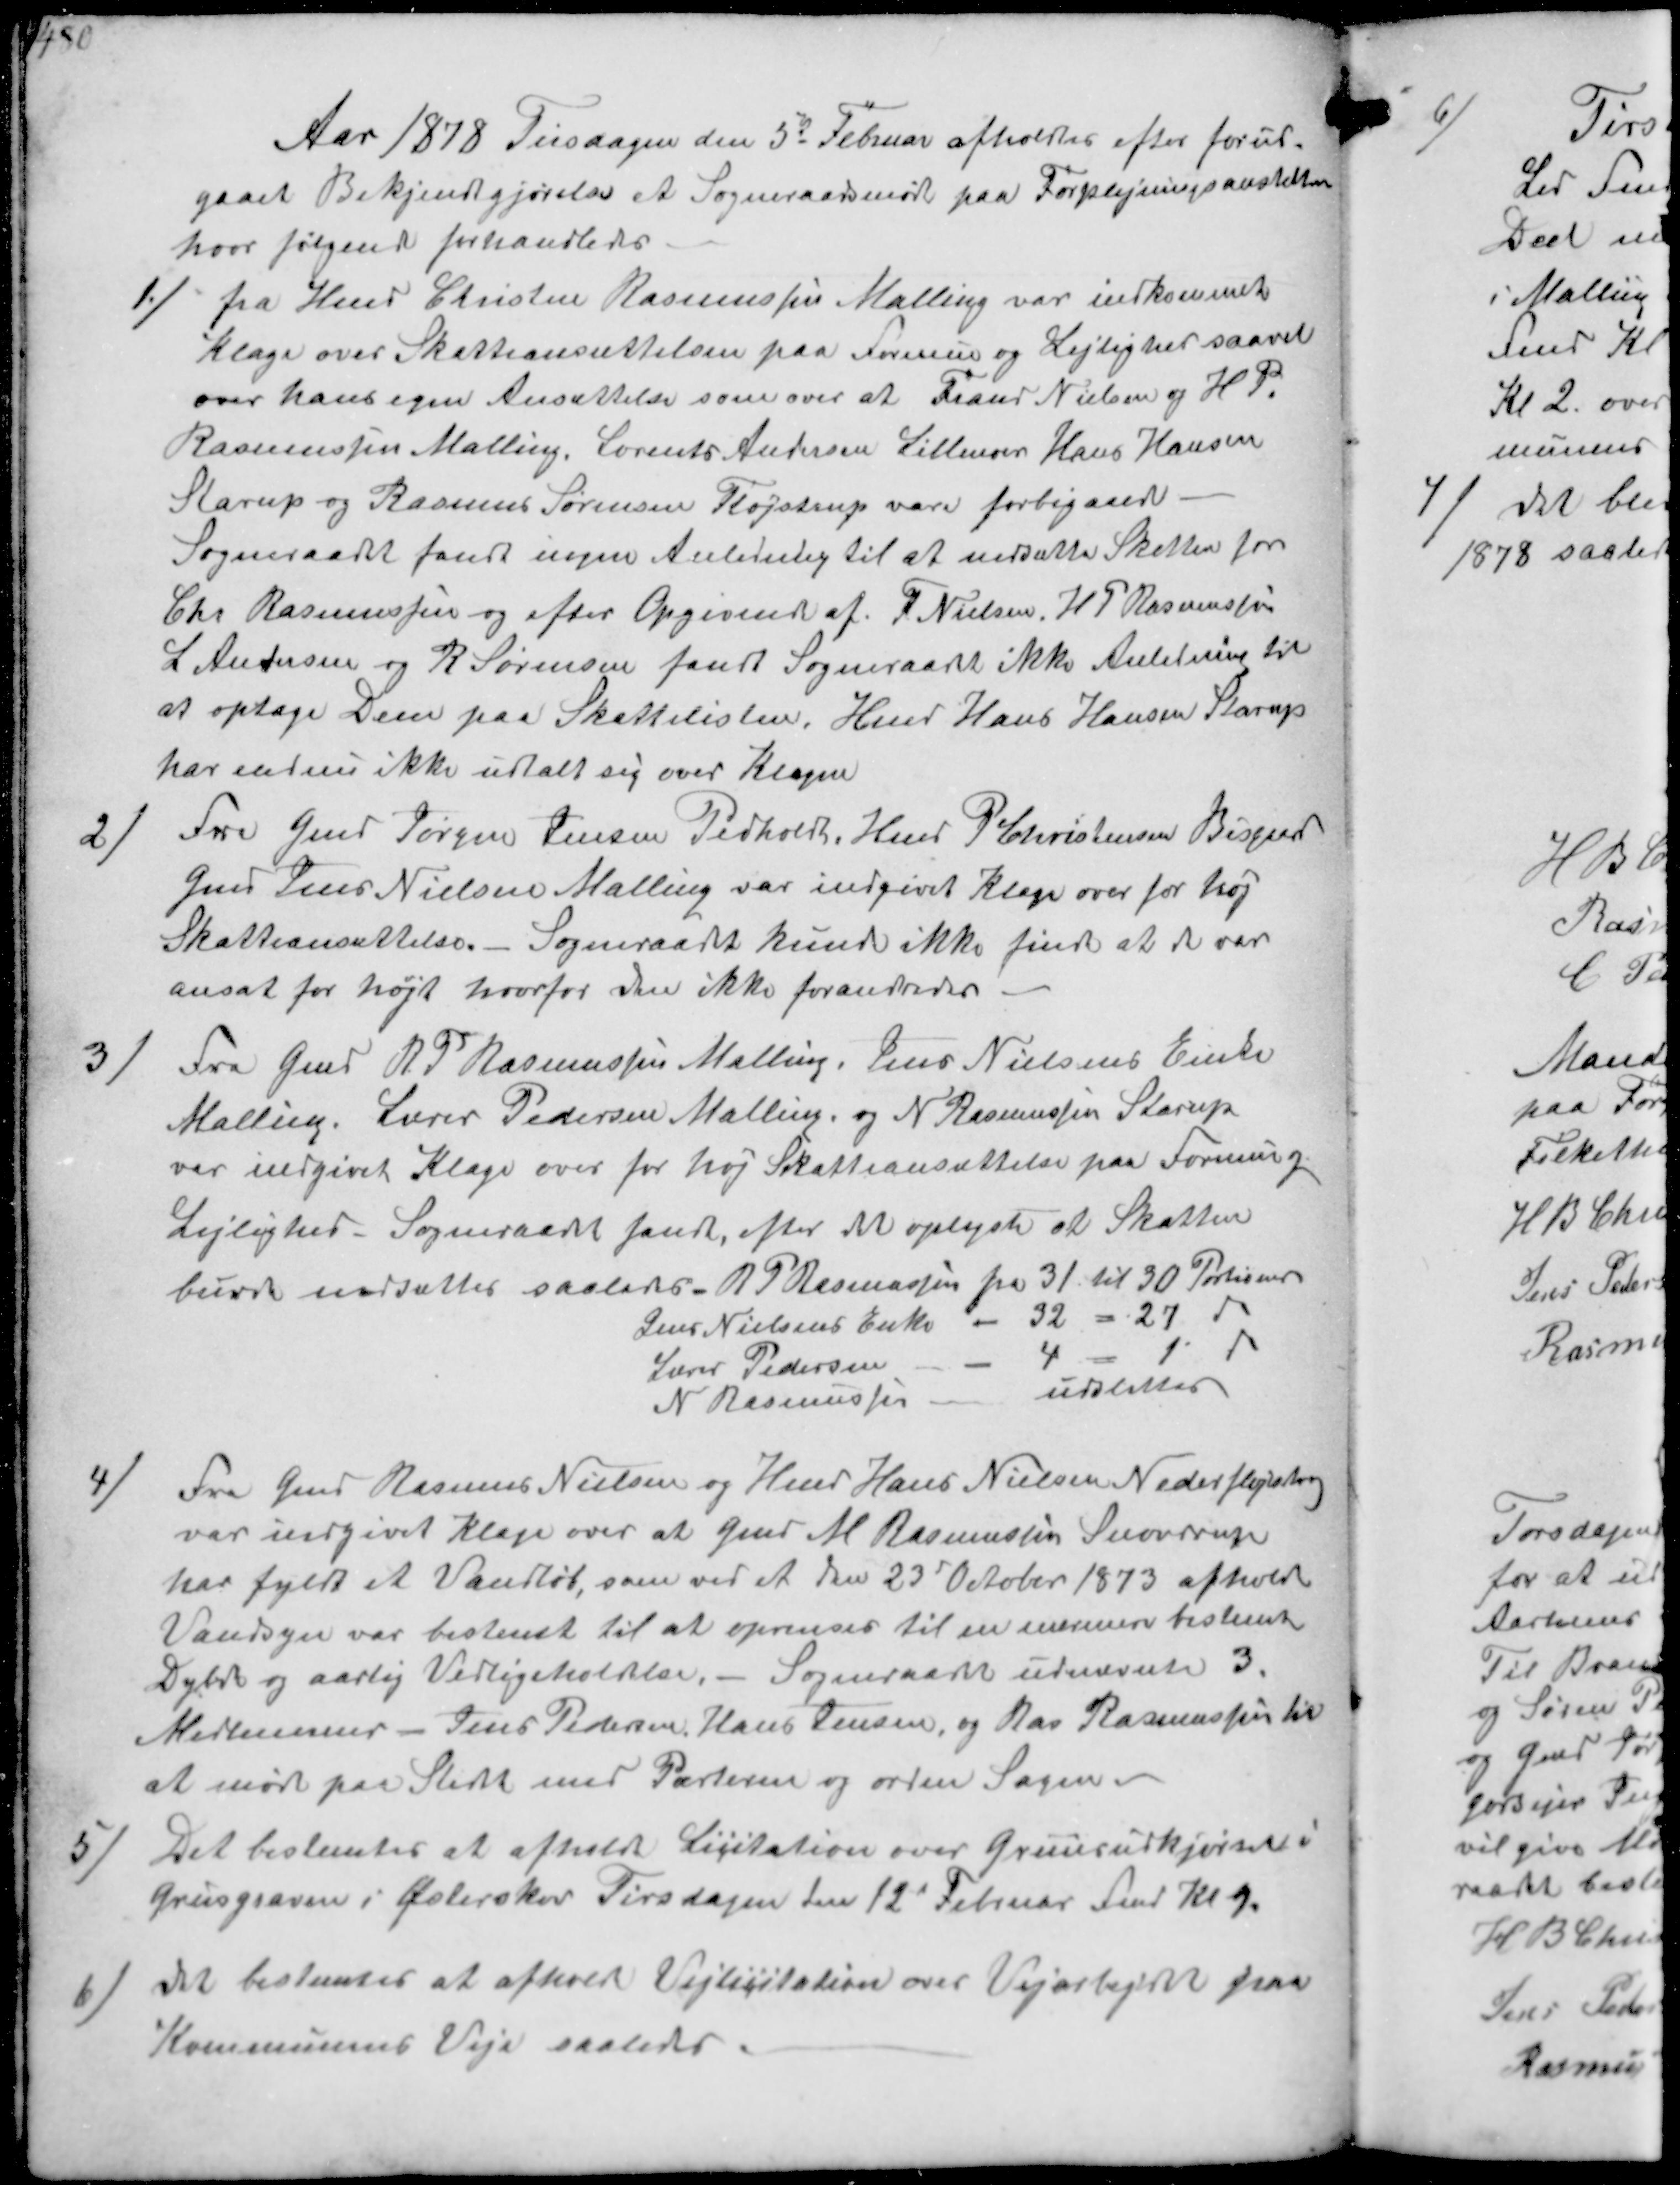
Transskription:
Aar 1878 Tirsdagen den 5d Februar afholdtes efter forud-
gaaet Bekjendtgjørelse et Sogneraadsmøde paa Forplejningsanstalten
hvor følgende forhandledes

1/ fra Hmd Christen Rasmussen Malling var indkommet
Klage over Skatteansættelsen paa Formue og Lejlighed saavel
over hans egen Ansættelse som over at Frand Nielsen og H. P
Rasmussen Malling, Lorents Andersen Lillenor Hans Hansen
Starup og Rasmus Sørensen Fløjstrup vare forbigaaede
Sogneraadet fandt ingen Anledning til at nedsætte Skatten for
Chr Rasmussen og efter Opgivende af P Nielsen, H P Rasmussen
L Andersen og R Sørensen fandt Sogneraadet ikke Anledning til
at optage Dem paa Skattelisten, Hmd Hans Hansen Starup
har endnu ikke udtalt sig over Klagen

2/
Fra Gmd Jørgen Jensen Pedholdt, Hmd P Christensen Bisgaard
Gmd Jens Nielsen Malling var indgivet klage over for høj
Skatteansættelse. Sogneraadet kunde ikke finde at der var
ansat for højt hvorfor den ikke forandredes

3/
Fra Gmd R P Rasmussen Malling. Jens Nielsens Enke
Malling. Lærer Pedersen Malling og N. Rasmussen Starup
var indgivet Klage over for høj Skatteansættelse paa Formue og
Lejlighed. Sogneraadet fandt, efter det oplyste at Skatten
burde nedsættes saaledes R P Rasmussen fra 31 til 30 Portioner
Jens Nielsens Enke - 32 - 27 -
Lærer Pedersen - 4 - 1 -
N Rasmussen - udslettes

4/
Fra Gmd Rasmus Nielsen og Hmd Hans Nielsen Nederfløjstrup
var indgivet klage over at Gmd M Rasmussen Snovdrup
har fyldt et Vandløb, som ved et den 23 October 1873 afholdt
Vandsyn var bestemt til at oprenses til en nærmere bestemt
Dybde og aarlig Vedligeholdlse. - Sogneraadet udnævnte 3.
Medlemmer - Jens Pedersen Hans Jensen, og Ras Rasmussen til
at møde paa Stedet med Parterne og ordne Sagen.
5/ Det bestemtes at afholdt Licitation over Gruusudkjørsel i
Grusgraven i Østerskov Tirsdagen den 12d Februar Fmd Kl 9
6/ det bestemtes at afholde Vejlicitation over Vejarbejdet paa
Kommunens Veje saaledes